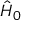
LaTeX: { \hat { H } } _ { 0 }